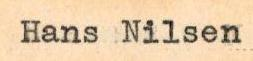
Hans Nilsen